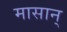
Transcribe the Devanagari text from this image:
मासान्